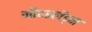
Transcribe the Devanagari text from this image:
नीदरलेंड्स